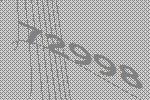
72998